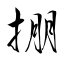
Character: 掤